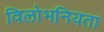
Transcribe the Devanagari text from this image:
विलोभनियता